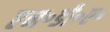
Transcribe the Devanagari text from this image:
एन॰डी॰ए॰